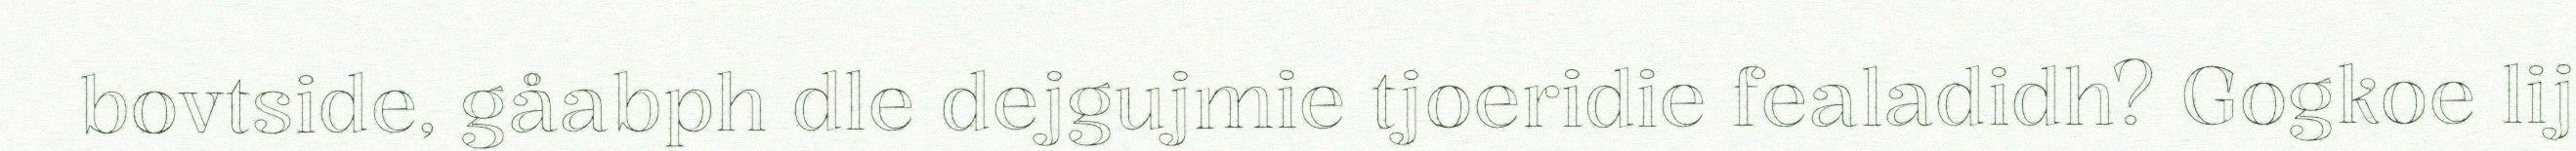
bovtside, gåabph dle dejgujmie tjoeridie fealadidh? Gogkoe lij